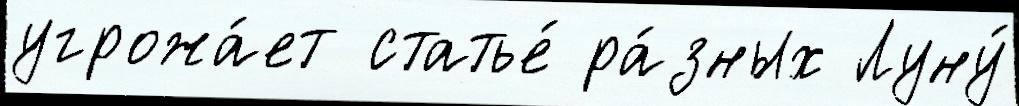
угрожа́ет статье́ ра́зных Луну́